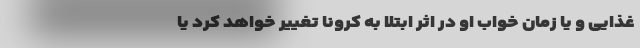
غذایی و یا زمان خواب او در اثر ابتلا به کرونا تغییر خواهد کرد یا